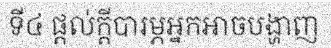
ទី៤ ផ្តល់ក្តីបារម្ភអ្នកអាចបង្ហាញ